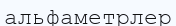
альфаметрлер